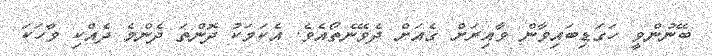
ބޭނުންވީ ހަގަޑިބައިވާން ވާއިރަށް ގެއަށް ދެވޭނެތޯއެވެ. އެކަމަކު ދޮންތަ ދެންމެ ދެއްކި ވާހަކަ